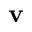
\textbf { v }